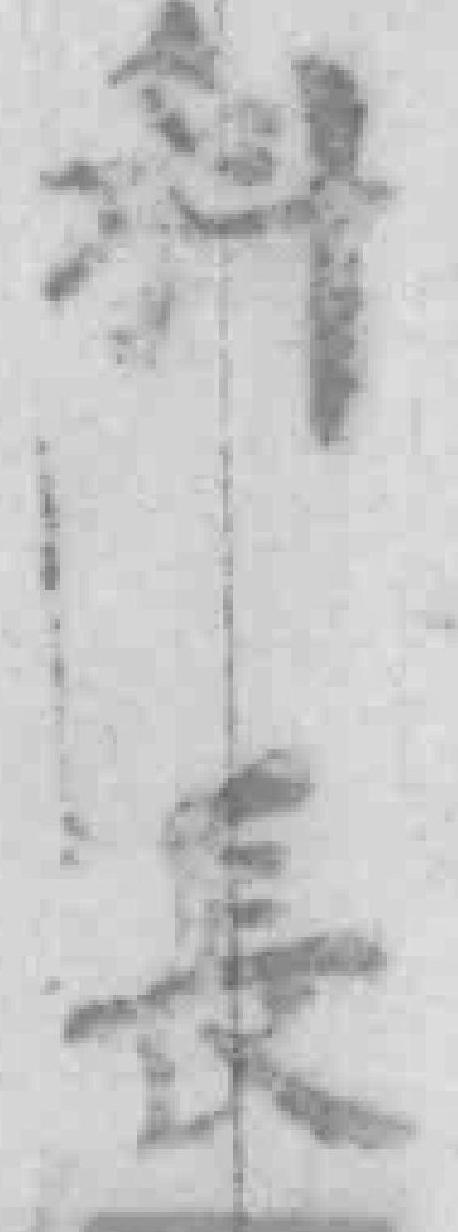
科長